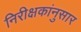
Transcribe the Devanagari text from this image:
निरीक्षकांनुसार